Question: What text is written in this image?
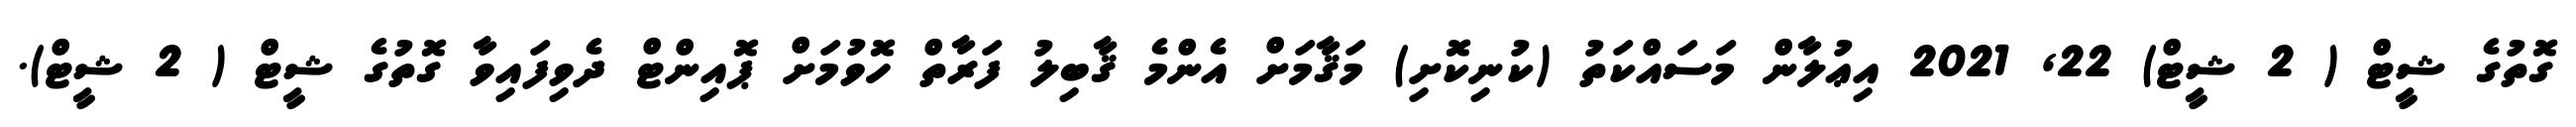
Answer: ގޮތުގެ ޝީޓް ( 2 ޝީޓް) 22, 2021 އިޢުލާން މަސައްކަތު (ކުނިކޮށި) މަޤާމަށް އެންމެ ޤާބިލު ފަރާތް ހޮވުމަށް ޕޮއިންޓް ދެވިފައިވާ ގޮތުގެ ޝީޓް ( 2 ޝީޓް).